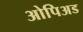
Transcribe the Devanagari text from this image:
ओपिअड